King Institute of Preventive Medicine Micro-Biological Section reports 1909-11
Year: 1909
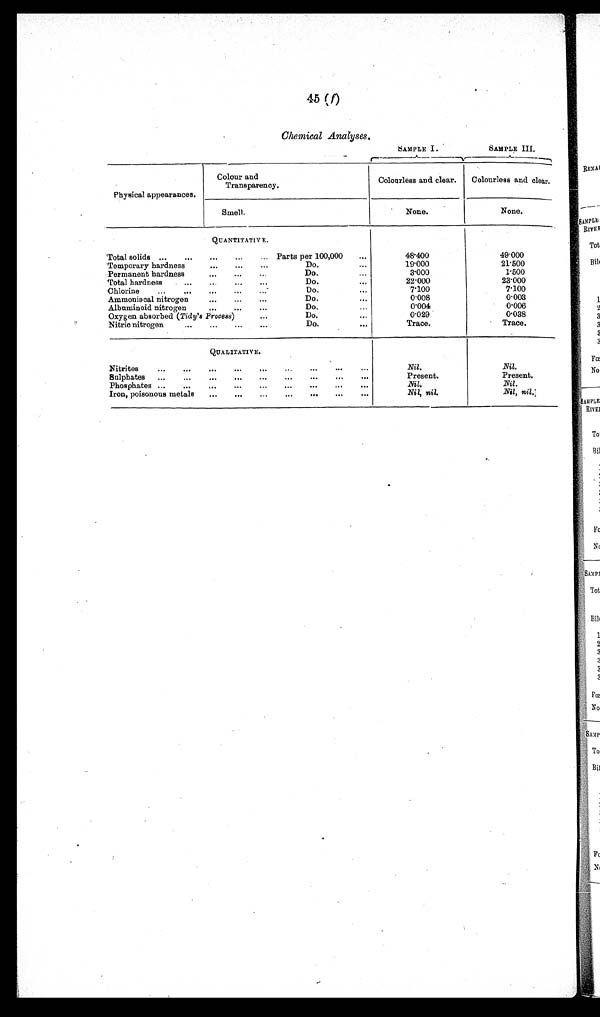
45 (f)
Chemical Analyses.
SAMPLE I.
SAMPLE III.
Physical appearances.
Colour and
Transparency.
Colourless and clear.
Colourless and clear.
Smell.
None.
None.
QUANTITATIVE.
Total solids
...
...
... Parts per 100,000
...
48.400
49.000
Temporary hardness
...
...
...
Do.
. . .
19.000
21.500
Permanent hardness
...
...
Do.
. . .
3.000
1.500
Total hardness
...
...
...
Do.
...
22.000
23.000
Chlorine
...
...
... ...
...
Do.
...
7.100
7.100
Ammoniacal nitrogen
...
Do.
...
0.008
0.003
Albuminoid nitrogen
. . .
. . .
Do.
...
0.004
0.006
Oxygen absorbed (Tidy's Process)
...
Do.
. . .
0.029
0.038
Nitric nitrogen
...
...
...
Do.
. . .
Trace.
Trace.
QUALITATIVE.
Nitrites
...
...
...
...
...
...
...
...
Nil.
Nil.
Sulphates ...
...
...
...
...
...
...
Present.
Present.
Phosphates ...
...
...
...
...
...
...
...
Nil.
Nil.
Iron, poisonous metals
...
...
. .. ... ... ... ...
Nil, nil.
Nil, nil.